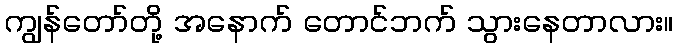
ကျွန်တော်တို့ အနောက် တောင်ဘက် သွားနေတာလား။